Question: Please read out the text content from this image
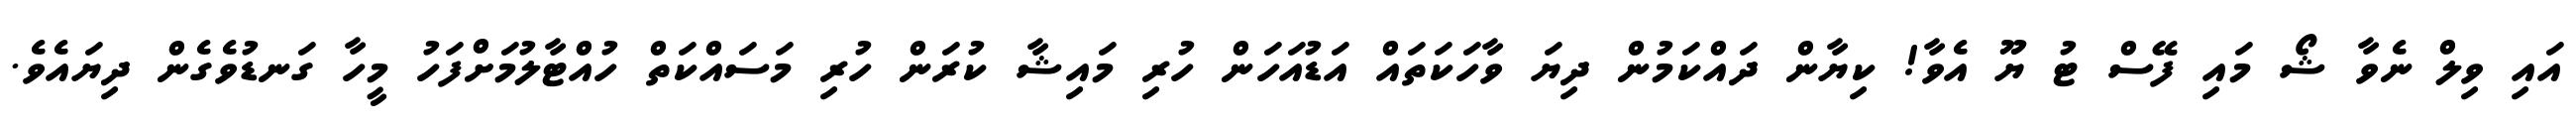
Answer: އައި ވިލް ނެވާ ޝޯ މައި ފޭސް ޓު ޔޫ އެވާ! ކިޔާން ދައްކަމުން ދިޔަ ވާހަކަތައް އަޑުއަހަން ހުރި މައިޝާ ކުރަން ހުރި މަސައްކަތް ހުއްޓާލުމަށްފަހު މީހާ ގަނޑުވެގެން ދިޔައެވެ.